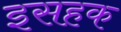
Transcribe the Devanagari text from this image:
इसहक